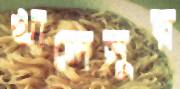
খালেসুর